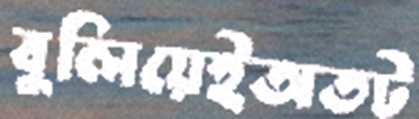
বুলিয়েইঅতট